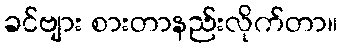
ခင်ဗျား စားတာနည်းလိုက်တာ။